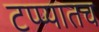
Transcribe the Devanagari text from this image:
टप्प्यातच